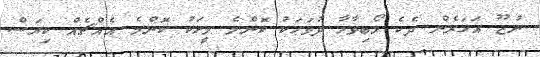
ނުޒޫ އަހަރެން ދެކެ ލޯބިވާހާ ދުވަހަކު ކޮންމެ މީހަކު ކޮންމެ އެއްޗެއް ކިޔަސް